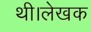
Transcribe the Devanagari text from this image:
थी।लेखक